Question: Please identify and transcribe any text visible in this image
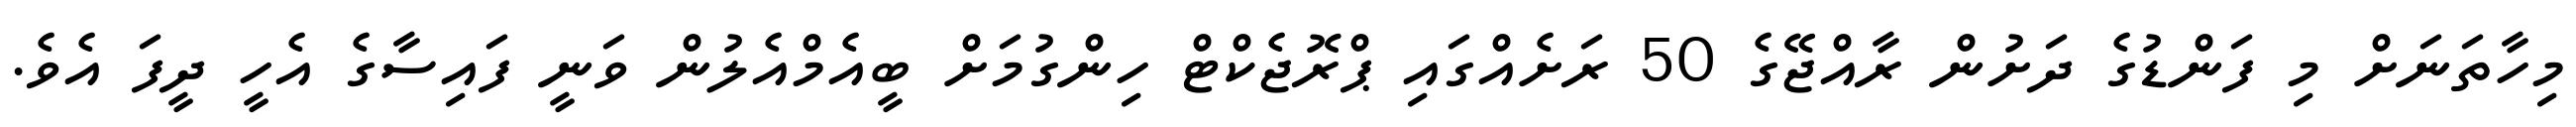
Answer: މިހާތަނަށް މި ފަންޑުގެ ދަށުން ރާއްޖޭގެ 50 ރަށެއްގައި ޕްރޮޖެކްޓް ހިންގުމަށް ބީއެމްއެލުން ވަނީ ފައިސާގެ އެހީ ދީފަ އެވެ.